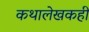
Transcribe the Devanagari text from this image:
कथालेखकही